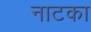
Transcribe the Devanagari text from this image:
नाटका